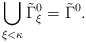
\begin{align*}\bigcup_{\xi<\kappa} \tilde \Gamma^0_\xi = \tilde\Gamma^0.\end{align*}